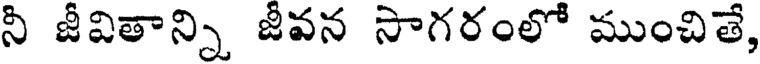
నీ జీవితాన్ని జీవన సాగరంలో ముంచితే,